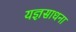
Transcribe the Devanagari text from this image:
यज्ञसाधना